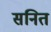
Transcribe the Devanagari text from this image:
सनित